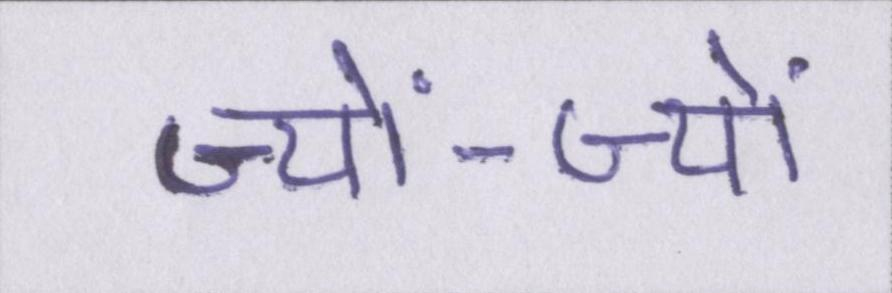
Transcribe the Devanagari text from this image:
ज्यों-ज्यों